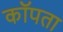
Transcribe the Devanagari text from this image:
कॉपता